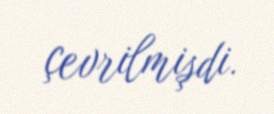
çevrilmişdi.